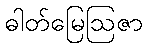
ဓါတ်မြေဩဇာ